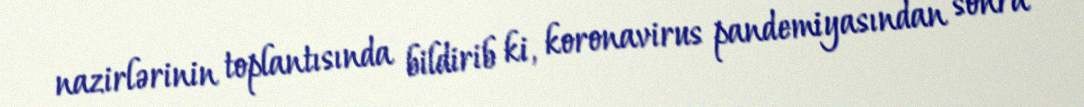
nazirlərinin toplantısında bildirib ki, koronavirus pandemiyasından sonra